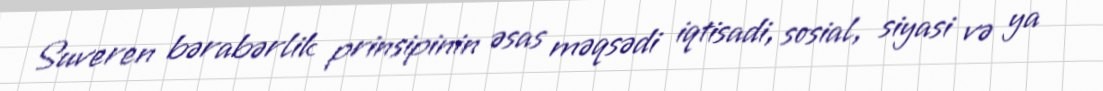
Suveren bərabərlik prinsipinin əsas məqsədi iqtisadi, sosial, siyasi və ya